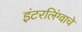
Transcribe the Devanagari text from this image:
इंटरलिंग्वाचे